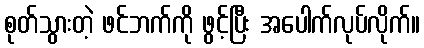
စုတ်သွားတဲ့ ဖင်ဘက်ကို ဖွင့်ပြီး အပေါက်လုပ်လိုက်။